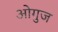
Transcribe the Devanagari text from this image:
ओगुज